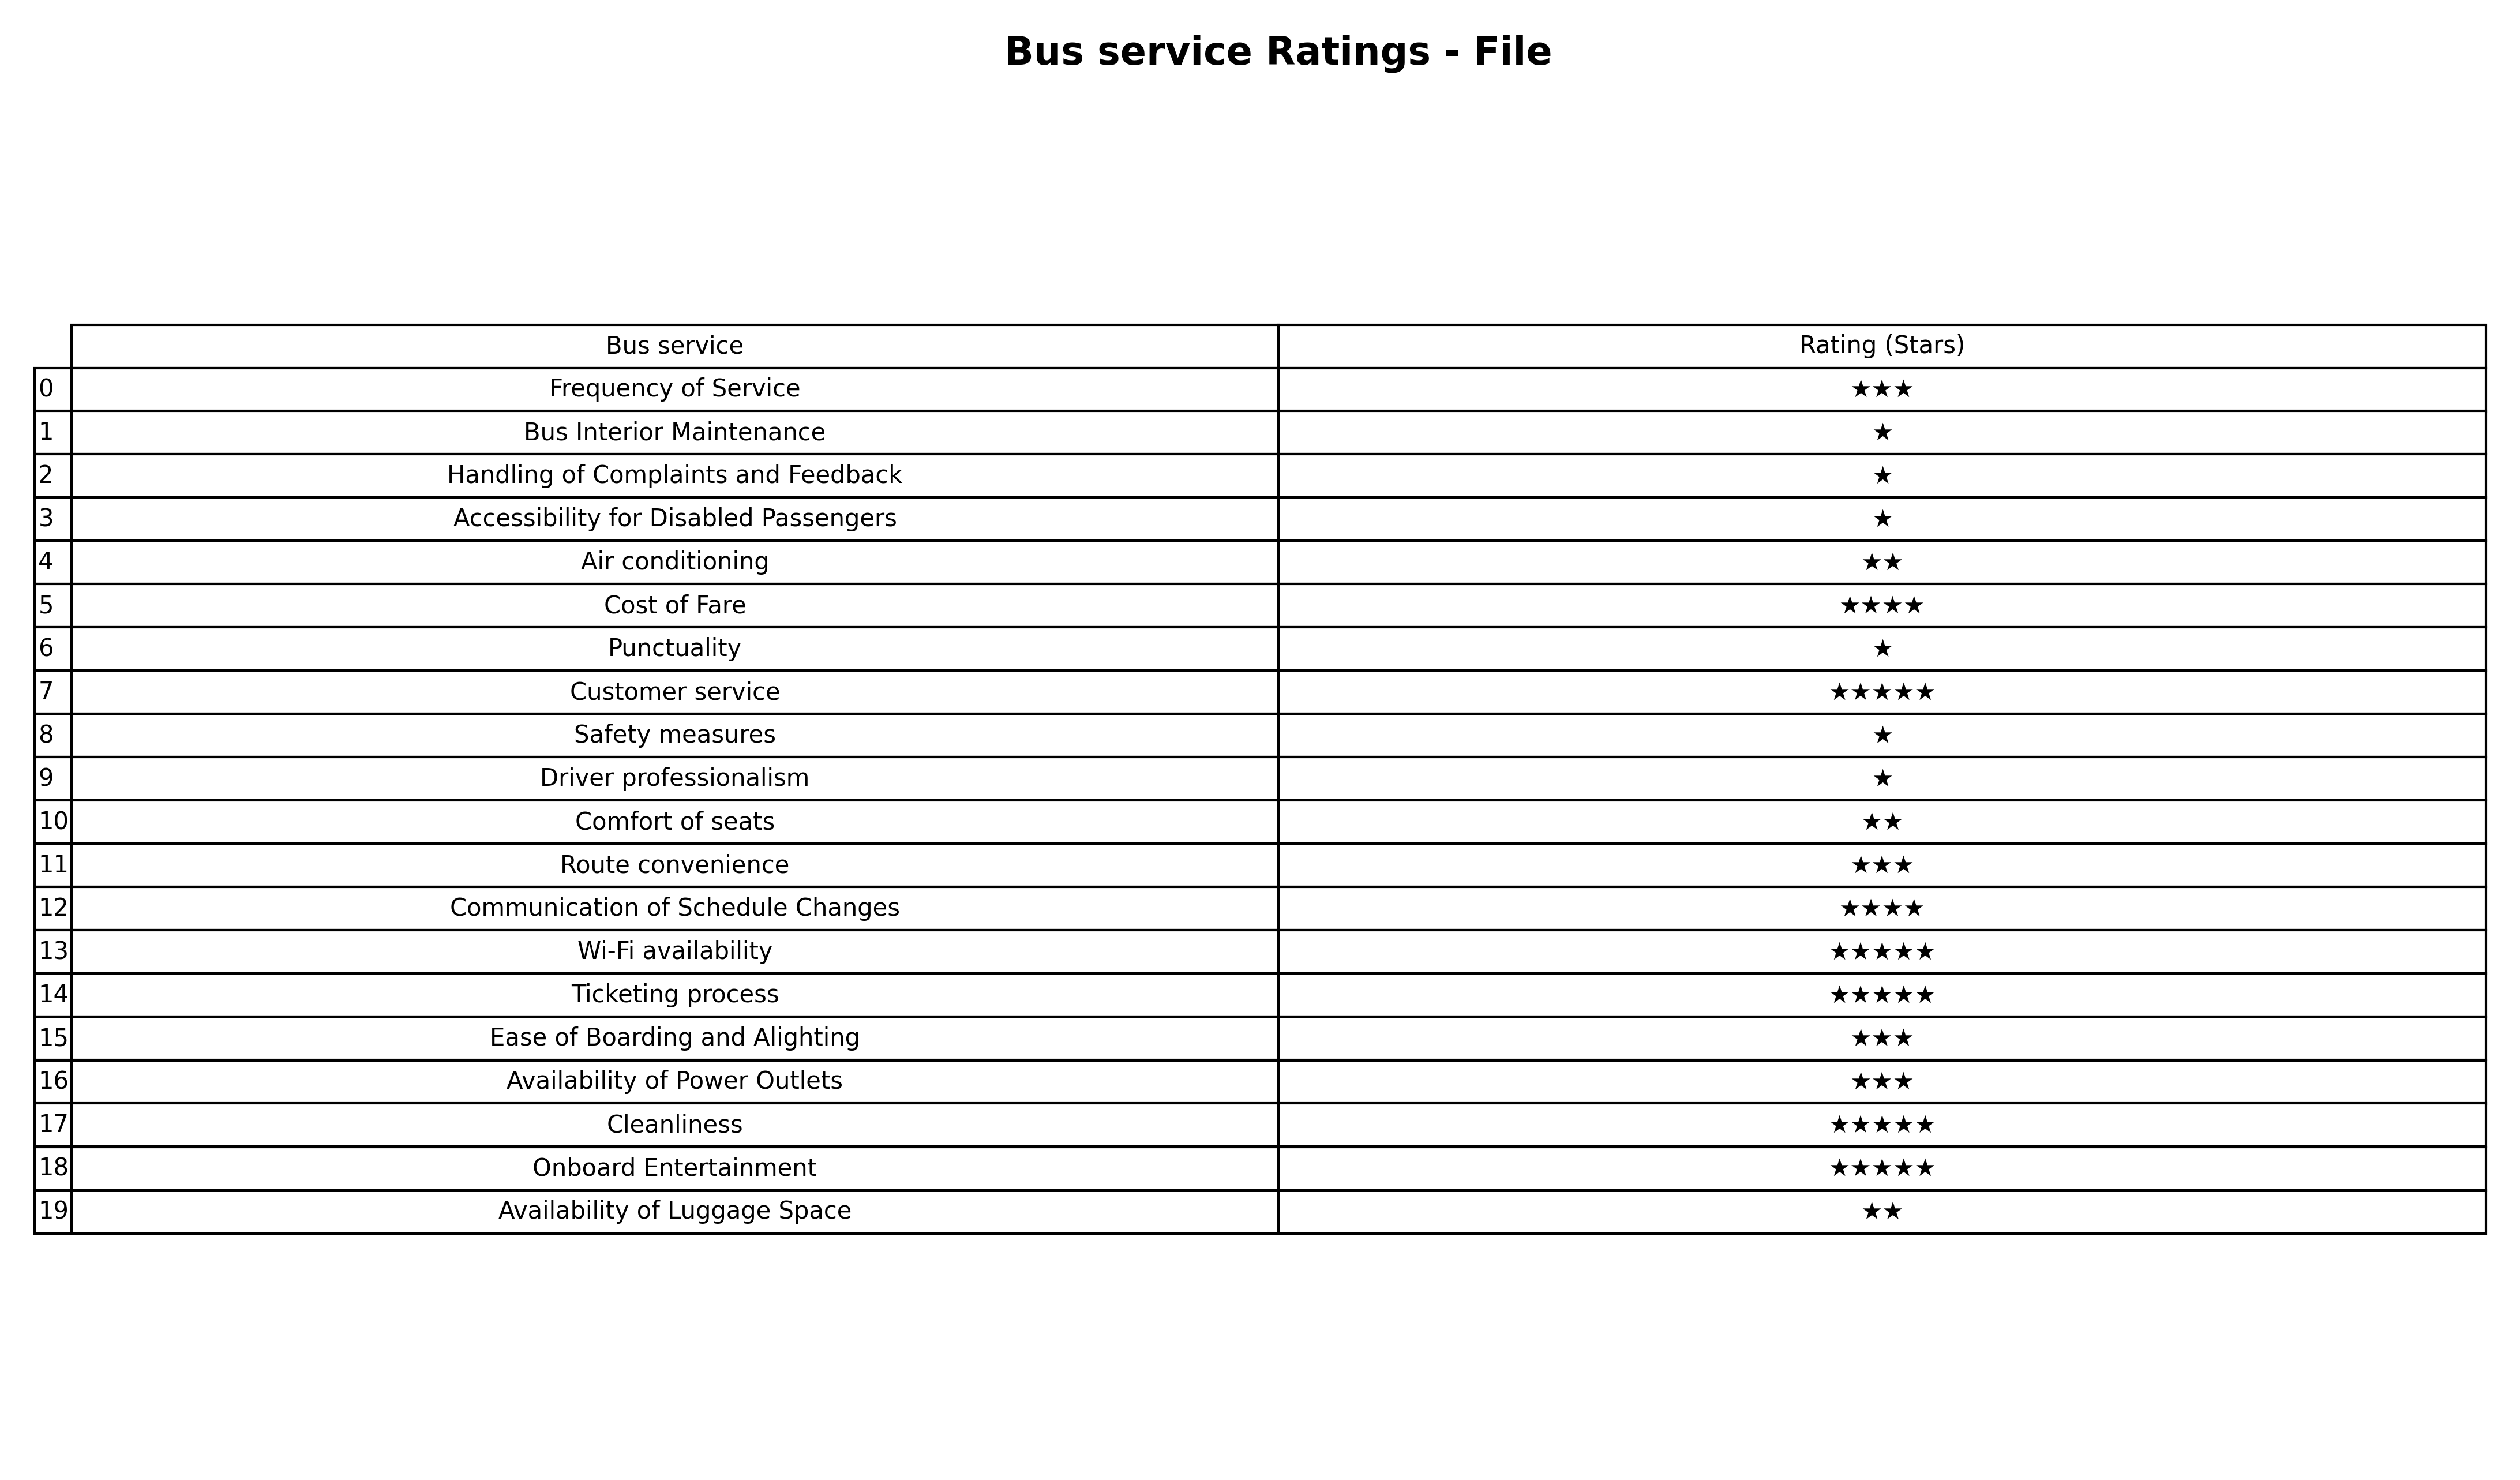
question: What are five star services?
answer: Customer serviceWi-Fi availabilityTicketing processCleanlinessOnboard Entertainment